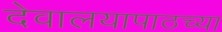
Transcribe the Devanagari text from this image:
देवालयापाठच्या